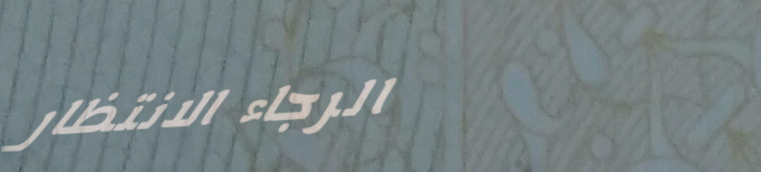
الرجاء الانتظار